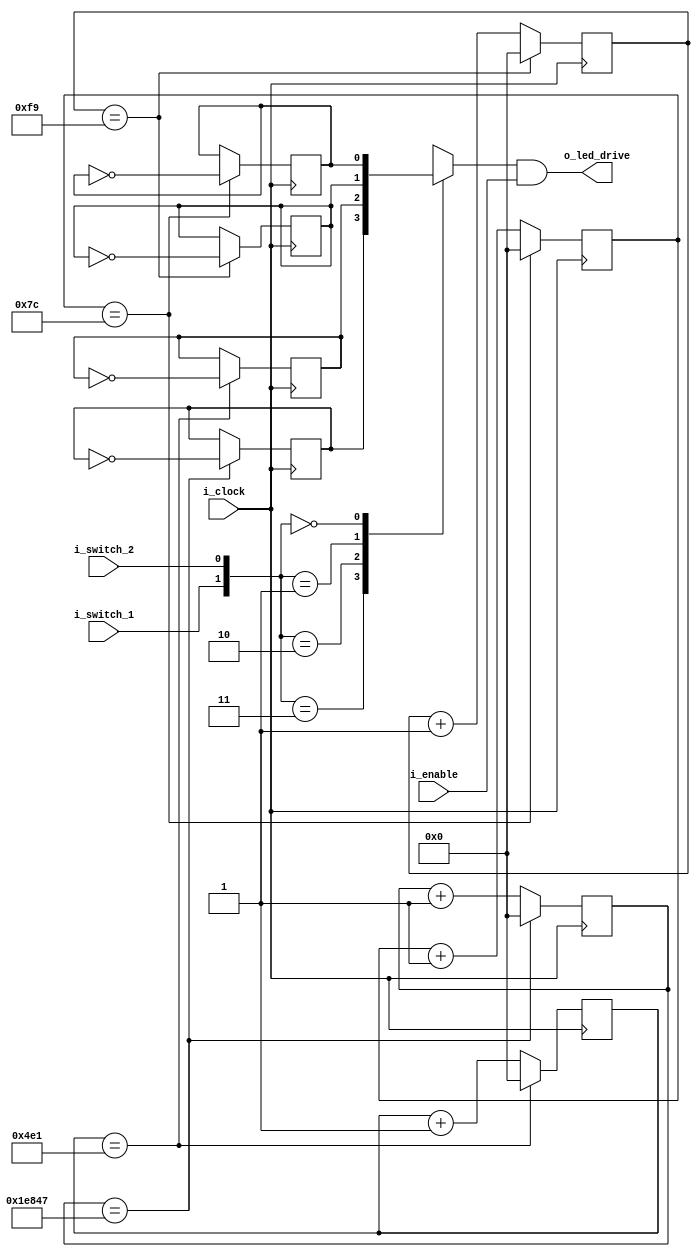
module led_blink
  (
    // Module arguments
    i_clock,
    i_enable,
    i_switch_1,
    i_switch_2,
    o_led_drive
   );
   
   // Declare inputs and outputs
   input i_clock;
   input i_enable;
   input i_switch_1;
   input i_switch_2;
   
   output o_led_drive;
   
   // Constant parameters to create frequencies
   parameter c_CNT_100HZ = 125;
   parameter c_CNT_50HZ = 250;
   parameter c_CNT_10HZ = 1250;
   parameter c_CNT_1HZ = 125000;
   
   // Signals
   reg [31:0] r_CNT_100HZ = 0;
   reg [31:0] r_CNT_50HZ = 0;
   reg [31:0] r_CNT_10HZ = 0;
   reg [31:0] r_CNT_1HZ = 0;
   
   reg r_TOGGLE_100HZ = 1'b0;
   reg r_TOGGLE_50HZ = 1'b0;
   reg r_TOGGLE_10HZ = 1'b0;
   reg r_TOGGLE_1HZ = 1'b0;
   
   // One bit select
   reg r_LED_SELECT;
   wire w_LED_SELECT;
   
 //begin
  
   // Execute when there's a positive edge at the clock
   always @ (posedge i_clock)
     begin
       
       if (r_CNT_100HZ == c_CNT_100HZ - 1) // <= counter starts at 0
         begin
           r_TOGGLE_100HZ <= !r_TOGGLE_100HZ;
           r_CNT_100HZ <= 0;
         end
       else
         r_CNT_100HZ <= r_CNT_100HZ + 1;
     end
         
   always @ (posedge i_clock)
     begin
     
       if (r_CNT_50HZ == c_CNT_50HZ - 1)
         begin
           r_TOGGLE_50HZ <= !r_TOGGLE_50HZ;
           r_CNT_50HZ <= 0;
         end
       else
         r_CNT_50HZ <= r_CNT_50HZ + 1;
     end
     
   always @ (posedge i_clock)
     begin
     
       if (r_CNT_10HZ == c_CNT_10HZ - 1)
         begin
           r_TOGGLE_10HZ <= !r_TOGGLE_10HZ;
           r_CNT_10HZ <= 0;
         end
       else
         r_CNT_10HZ <= r_CNT_10HZ + 1;
     end
     
   always @ (posedge i_clock)
     begin
     
       if (r_CNT_1HZ == c_CNT_1HZ - 1)
         begin
           r_TOGGLE_1HZ <= !r_TOGGLE_1HZ;
           r_CNT_1HZ <= 0;
         end
       else
         r_CNT_1HZ <= r_CNT_1HZ + 1;
     end
   
   // Create a multiplexer based on switch inputs  
   always @ (*)
   begin
     case ({i_switch_1, i_switch_2})
       2'b11 : r_LED_SELECT <= r_TOGGLE_1HZ;
       2'b10 : r_LED_SELECT <= r_TOGGLE_10HZ;
       2'b01 : r_LED_SELECT <= r_TOGGLE_50HZ;
       2'b00 : r_LED_SELECT <= r_TOGGLE_100HZ;
     endcase
   end
   
   // Assign inputs to LED
   assign o_led_drive = r_LED_SELECT & i_enable;
   
 //end

endmodule